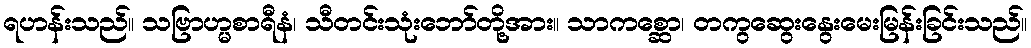
ရဟန်းသည်။ သဗြာဟ္မစာရီနံ၊ သီတင်းသုံးဘော်တို့အား။ သာကစ္ဆော၊ တကွဆွေးနွေးမေးမြန်းခြင်းသည်။